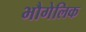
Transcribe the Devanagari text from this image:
भौगेलिक